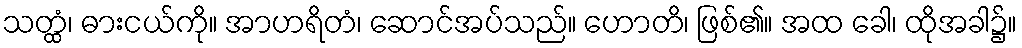
သတ္ထံ၊ ဓားငယ်ကို။ အာဟရိတံ၊ ဆောင်အပ်သည်။ ဟောတိ၊ ဖြစ်၏။ အထ ခေါ၊ ထိုအခါ၌။